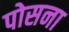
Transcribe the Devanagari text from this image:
पोसना